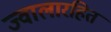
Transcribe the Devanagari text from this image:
ज्वालारहित